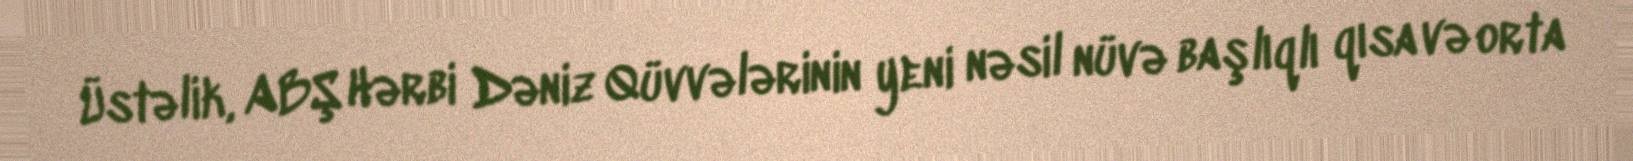
Üstəlik, ABŞ Hərbi Dəniz Qüvvələrinin yeni nəsil nüvə başlıqlı qısa və orta